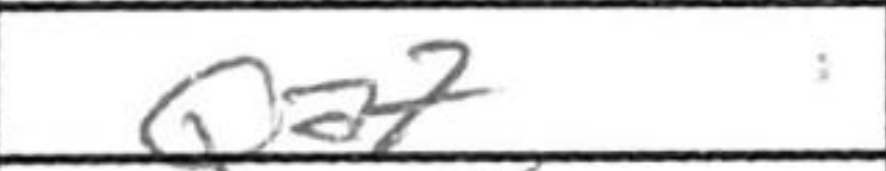
Transcription: Qa7